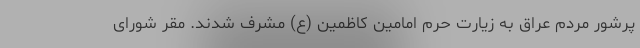
پرشور مردم عراق به زیارت حرم امامین کاظمین (ع) مشرف شدند. مقر شورای